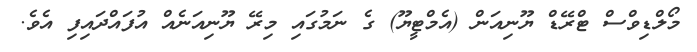
މޯލްޑިވްސް ޓްރޭޑް ޔޫނިއަން (އެމްޓީޔޫ) ގެ ނަމުގައި މިރޭ ޔޫނިއަނެއް އުފައްދައިފި އެވެ.